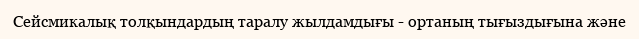
Сейсмикалық толқындардың таралу жылдамдығы - ортаның тығыздығына және